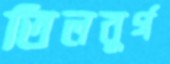
তিলবুর্গ